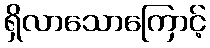
ရှိလာသောကြောင့်